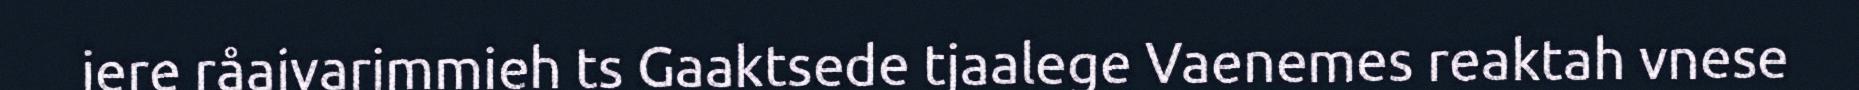
iere råajvarimmieh ts Gaaktsede tjaalege Vaenemes reaktah vnese